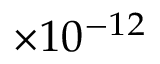
\times 1 0 ^ { - 1 2 }